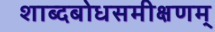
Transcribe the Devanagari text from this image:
शाब्दबोधसमीक्षणम्